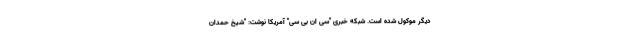
دیگر موکول شده است. شبکه خبری "سی ان بی سی" آمریکا نوشت: "شیخ حمدان